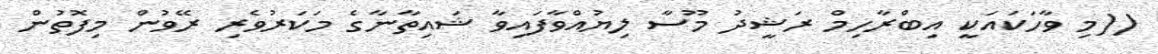
((މި ވާހަކައަކީ އިބްރާހިމް ރަޝީދު މޫސާ ލިޔުއްވާފައިވާ ޝައިތާނާގެ މަކަރުވެރި ރޭވުން މިފޮތުން